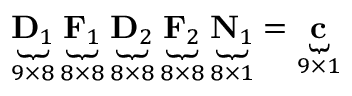
\underbrace { \mathbf { D } _ { 1 } } _ { 9 \times 8 } \underbrace { \mathbf { F } _ { 1 } } _ { 8 \times 8 } \underbrace { \mathbf { D } _ { 2 } } _ { 8 \times 8 } \underbrace { \mathbf { F } _ { 2 } } _ { 8 \times 8 } \underbrace { \mathbf { N } _ { 1 } } _ { 8 \times 1 } = \underbrace { \mathbf { c } } _ { 9 \times 1 }